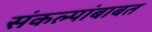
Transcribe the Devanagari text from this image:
संकल्पांबाबत